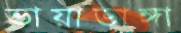
ভায়াডাঙ্গা